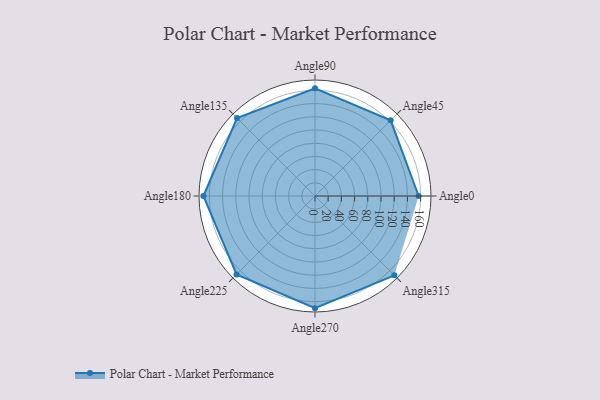
{"axis": {"x": "Angle", "y": "Radius"}, "legend": [""], "data": [{"x": "Angle0", "y": 157.0, "type": ""}, {"x": "Angle45", "y": 162.0, "type": ""}, {"x": "Angle90", "y": 163.0, "type": ""}, {"x": "Angle135", "y": 167.0, "type": ""}, {"x": "Angle180", "y": 169.0, "type": ""}, {"x": "Angle225", "y": 168.0, "type": ""}, {"x": "Angle270", "y": 170, "type": ""}, {"x": "Angle315", "y": 170, "type": ""}]}